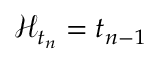
\mathcal { H } _ { t _ { n } } = t _ { n - 1 }